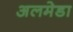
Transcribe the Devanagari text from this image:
अलमेडा